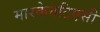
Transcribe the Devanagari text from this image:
मारकेनटिएसी